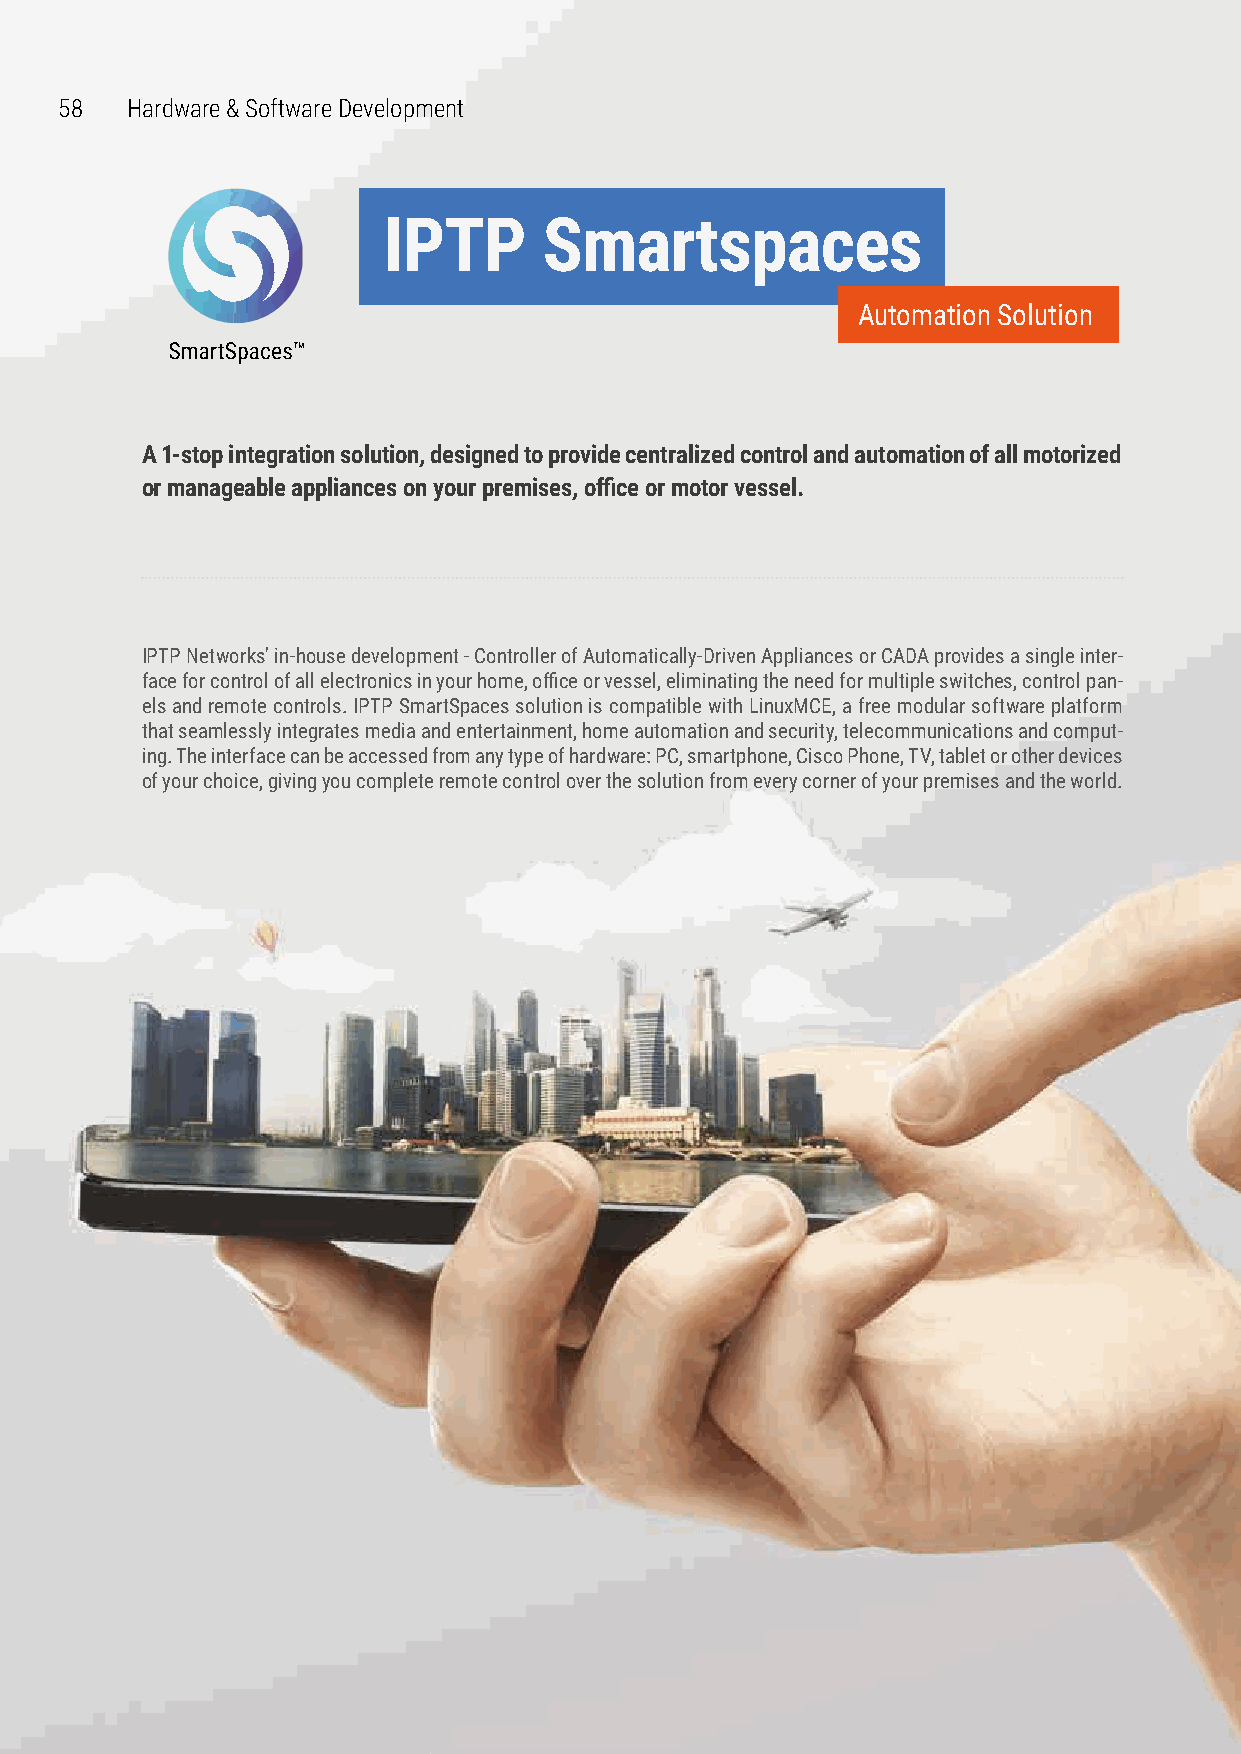
5588 Hardware & Software Development
 IPTP       Smartspaces
 Automation Solution
 A 1-stop integration solution, designed to provide centralized control and automation of all motorized
 or manageable appliances on your premises, office or motor vessel.
 IPTP Networks' in-house development - Controller of Automatically-Driven Appliances or CADA provides a single inter-
 face for control of all electronics in your home, office or vessel, eliminating the need for multiple switches, control pan-
 els and remote controls. IPTP SmartSpaces solution is compatible with LinuxMCE, a free modular software platform
 that seamlessly integrates media and entertainment, home automation and security, telecommunications and comput-
 ing. The interface can be accessed from any type of hardware: PC, smartphone, Cisco Phone, TV, tablet or other devices
 of your choice, giving you complete remote control over the solution from every corner of your premises and the world.
 www.iptp.com